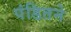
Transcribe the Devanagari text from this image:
पंडितने